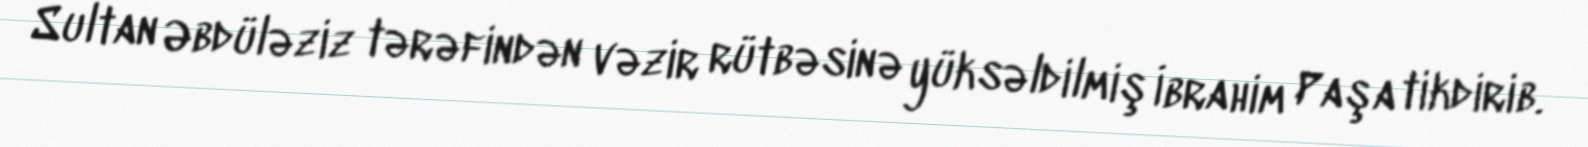
Sultan Əbdüləziz tərəfindən vəzir rütbəsinə yüksəldilmiş İbrahim Paşa tikdirib.